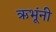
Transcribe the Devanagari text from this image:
ऋभूंनी